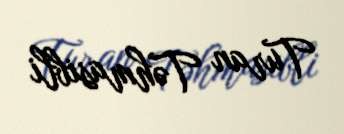
Turan Təhmasibli